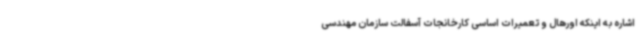
اشاره به اینکه اورهال و تعمیرات اساسی کارخانجات آسفالت سازمان مهندسی